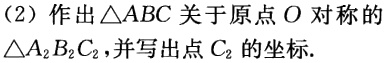
(2) 作出$\triangle ABC$关于原点$O$对称的$\triangle A_{2}B_{2}C_{2}$,并写出点$C_{2}$的坐标.